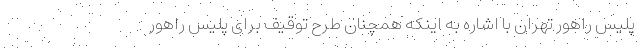
پلیس راهور تهران با اشاره به اینکه همچنان طرح توقیف برای پلیس راهور